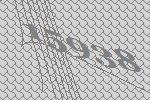
15938